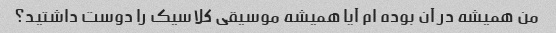
من همیشه در آن بوده ام آیا همیشه موسیقی کلاسیک را دوست داشتید؟